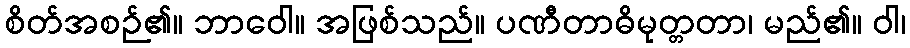
စိတ်အစဉ်၏။ ဘာဝေါ။ အဖြစ်သည်။ ပဏီတာဓိမုတ္တတာ၊ မည်၏။ ဝါ၊